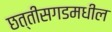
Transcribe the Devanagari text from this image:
छत्तीसगडमधील